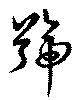
号